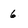
Character: 6